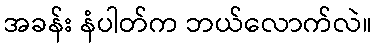
အခန်း နံပါတ်က ဘယ်လောက်လဲ။